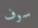
سوف